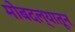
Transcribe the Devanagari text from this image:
मोबदल्यातून